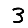
Digit: 3